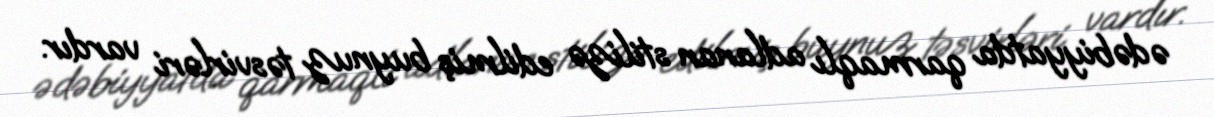
ədəbiyyatda qarmaqlı adlanan stilizə edilmiş buynuz təsvirləri vardır.